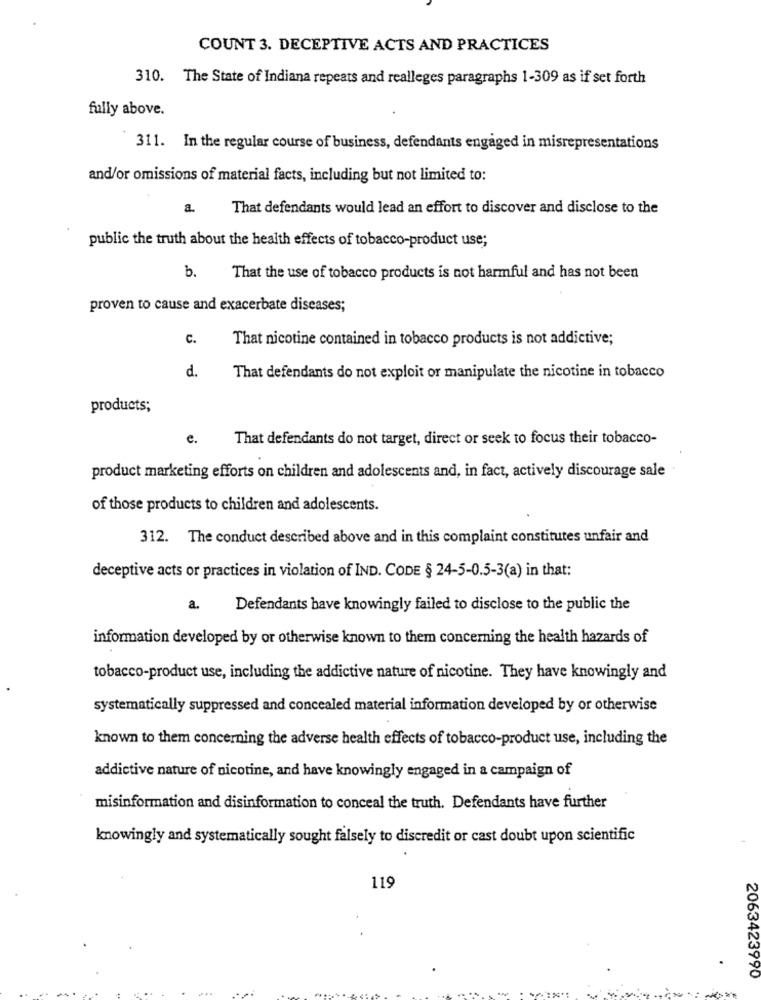
COUNT 3. DECEPTIVE ACTS AND PRACTICES
310. The State of Indiana repeats and realleges paragraphs 1-309 as if set forth
fully above.
311. In the regular course of business, defendants engaged in misrepresentations
and/or omissions of material facts, including but not limited to:
That defendants would lead an effort to discover and disclose to the
public the truth about the health effects of tobacco-product use;
b.
That the use of tobacco products is not harmful and has not been
proven to cause and exacerbate diseases;
c.
That nicotine contained in tobacco products is not addictive;
d.
That defendants do not exploit or manipulate the nicotine in tobacco
products;
e.
That defendants do not target, direct or seek to focus their tobacco-
product marketing efforts on children and adolescents and, in fact, actively discourage sale
of those products to children and adolescents.
312. The conduct described above and in this complaint constitutes unfair and
deceptive acts or practices in violation of IND. CODE § 24-5-0.5-3(a) in that:
a
Defendants have knowingly failed to disclose to the public the
information developed by or otherwise known to them concerning the health hazards of
tobacco-product use, including the addictive nature of nicotine. They have knowingly and
systematically suppressed and concealed material information developed by or otherwise
known to them concerning the adverse health effects of tobacco-product use, including the
addictive nature of nicotine, and have knowingly engaged in a campaign of
misinformation and disinformation to conceal the truth. Defendants have further
knowingly and systematically sought falsely to discredit or cast doubt upon scientific
119
2063423990